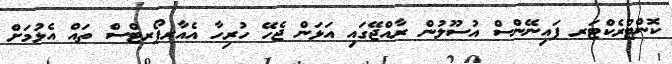
ކޮންޓްރެކްޓަރ ފައިނޭންސް އުސޫލުން ރާއްޖޭގައި އަޅަން ޖެހޭ ހުރިހާ އެއާރޕޯރޓްސް ތައް އެޅުމަށް